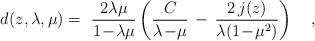
LaTeX: \begin{align*}d(z,\lambda,\mu) =~{2\lambda\mu \over 1\!-\!\lambda\mu} \left( {C \over \lambda\!-\!\mu} \, - \, {2 \, j(z) \over \lambda (1\!-\!\mu^2)} \right)~~~, \end{align*}